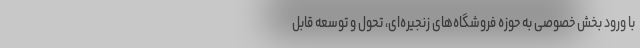
با ورود بخش خصوصی به حوزه فروشگاه‌های زنجیره‌ای، تحول و توسعه قابل